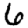
Digit: 6